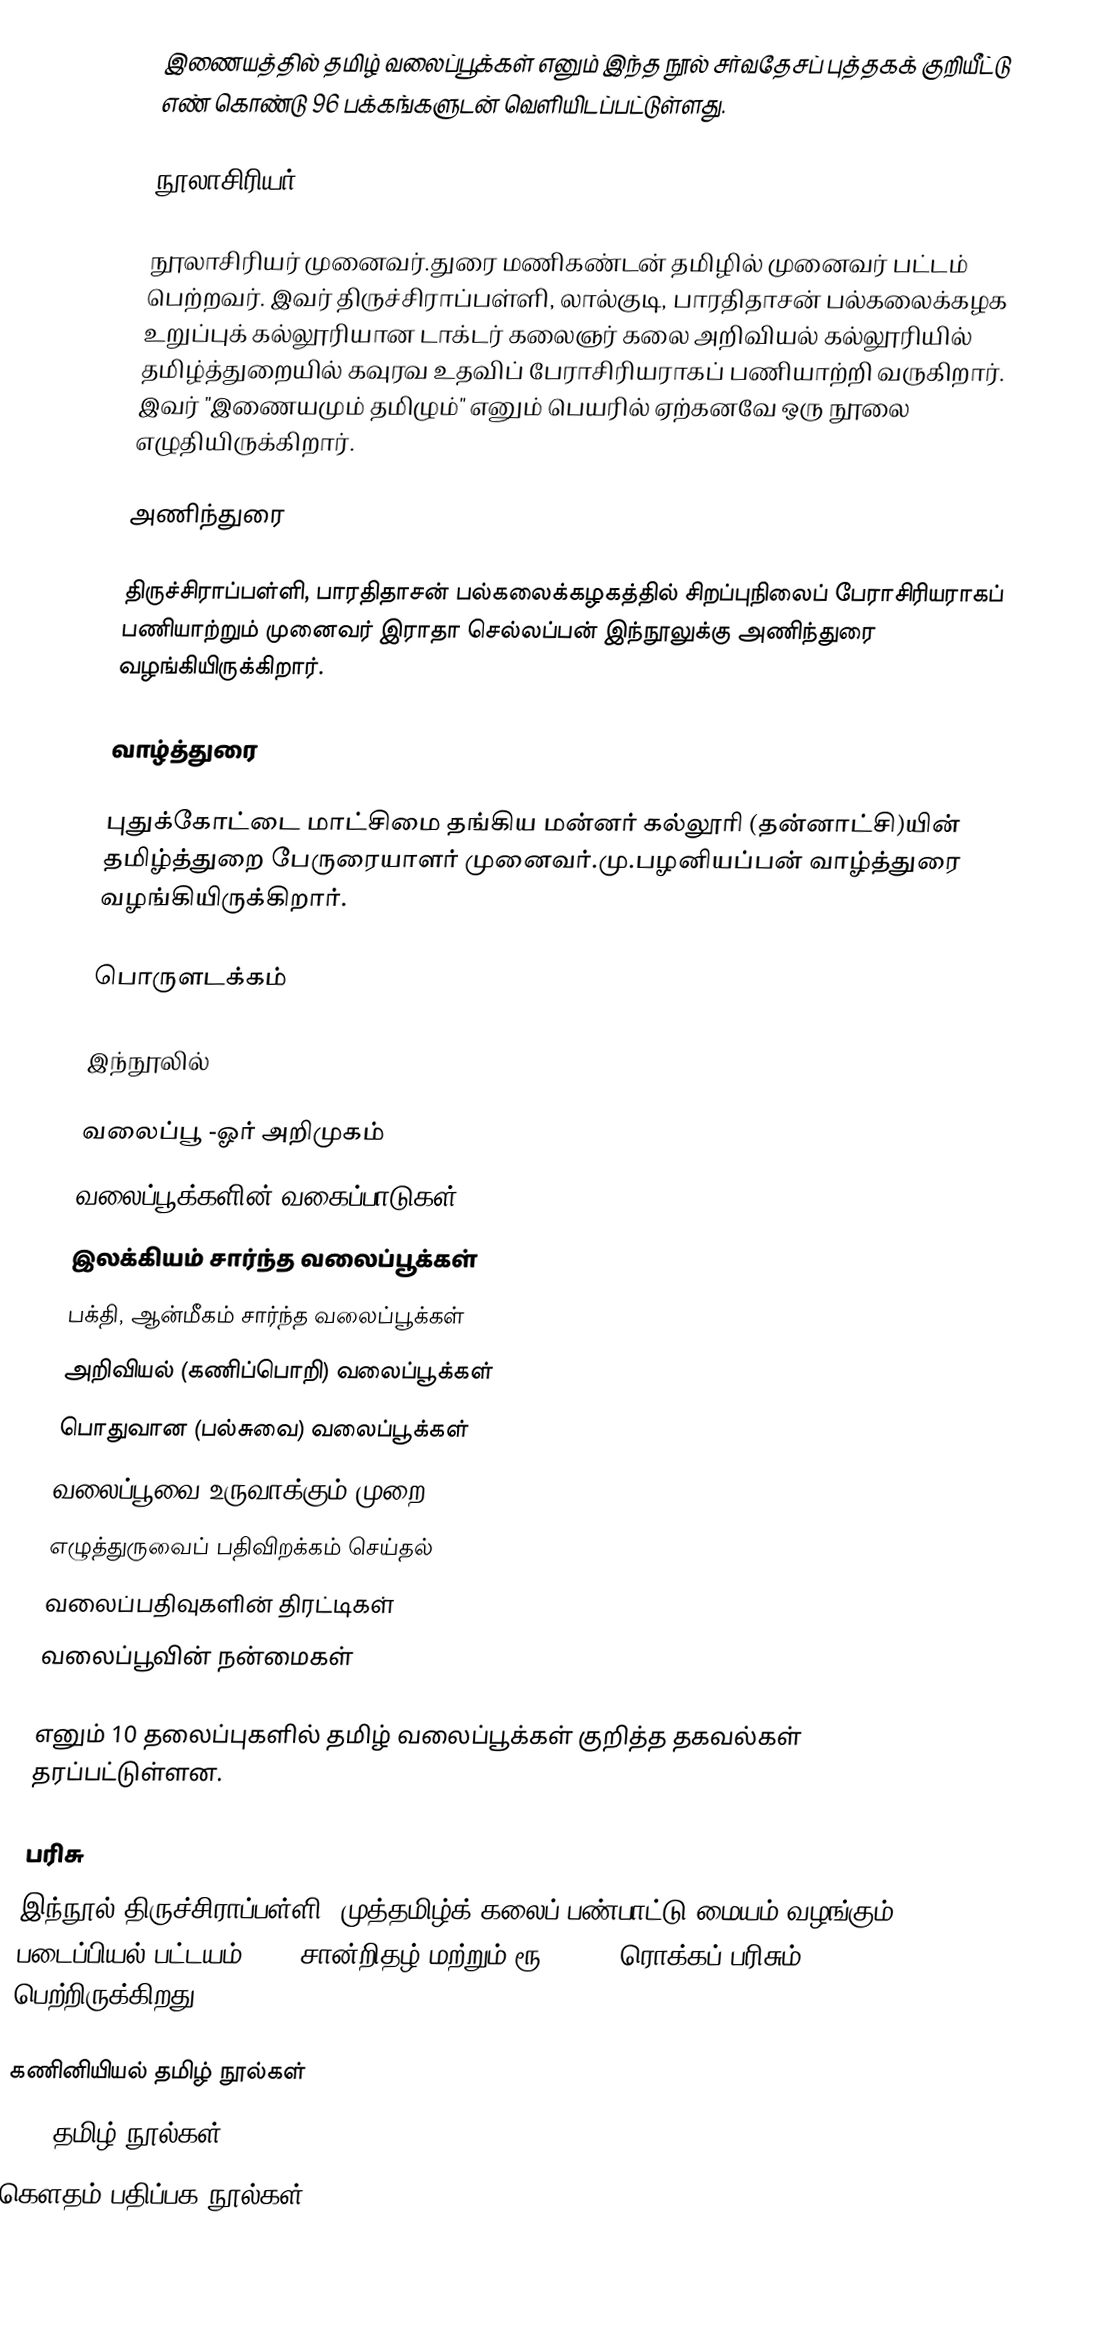
இணையத்தில் தமிழ் வலைப்பூக்கள் எனும் இந்த நூல் சர்வதேசப் புத்தகக் குறியீட்டு எண்  கொண்டு 96 பக்கங்களுடன் வெளியிடப்பட்டுள்ளது.

நூலாசிரியர்

நூலாசிரியர் முனைவர்.துரை மணிகண்டன் தமிழில் முனைவர் பட்டம் பெற்றவர். இவர் திருச்சிராப்பள்ளி, லால்குடி, பாரதிதாசன் பல்கலைக்கழக உறுப்புக் கல்லூரியான டாக்டர் கலைஞர் கலை அறிவியல் கல்லூரியில் தமிழ்த்துறையில் கவுரவ உதவிப் பேராசிரியராகப் பணியாற்றி வருகிறார். இவர் "இணையமும் தமிழும்" எனும் பெயரில் ஏற்கனவே ஒரு நூலை எழுதியிருக்கிறார்.

அணிந்துரை

திருச்சிராப்பள்ளி, பாரதிதாசன் பல்கலைக்கழகத்தில் சிறப்புநிலைப் பேராசிரியராகப் பணியாற்றும் முனைவர் இராதா செல்லப்பன் இந்நூலுக்கு அணிந்துரை வழங்கியிருக்கிறார்.

வாழ்த்துரை

புதுக்கோட்டை மாட்சிமை தங்கிய மன்னர் கல்லூரி (தன்னாட்சி)யின் தமிழ்த்துறை பேருரையாளர் முனைவர்.மு.பழனியப்பன் வாழ்த்துரை வழங்கியிருக்கிறார்.

பொருளடக்கம்

இந்நூலில்

வலைப்பூ -ஓர் அறிமுகம்
வலைப்பூக்களின் வகைப்பாடுகள்
இலக்கியம் சார்ந்த வலைப்பூக்கள்
பக்தி, ஆன்மீகம் சார்ந்த வலைப்பூக்கள்
அறிவியல் (கணிப்பொறி) வலைப்பூக்கள்
பொதுவான (பல்சுவை) வலைப்பூக்கள்
வலைப்பூவை உருவாக்கும் முறை
எழுத்துருவைப் பதிவிறக்கம் செய்தல்
வலைப்பதிவுகளின் திரட்டிகள்
வலைப்பூவின் நன்மைகள்

எனும் 10 தலைப்புகளில் தமிழ் வலைப்பூக்கள் குறித்த தகவல்கள் தரப்பட்டுள்ளன.

பரிசு
இந்நூல் திருச்சிராப்பள்ளி, முத்தமிழ்க் கலைப் பண்பாட்டு மையம் வழங்கும் படைப்பியல் பட்டயம்-2010 சான்றிதழ் மற்றும் ரூ 5000/- ரொக்கப் பரிசும் பெற்றிருக்கிறது.

கணினியியல் தமிழ் நூல்கள்
2010 தமிழ் நூல்கள்
கௌதம் பதிப்பக நூல்கள்